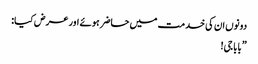
دونوں ان کی خدمت میں حاضر ہوئے اور عرض کیا:
”بابا جی!